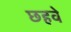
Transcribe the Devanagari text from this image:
छहवे